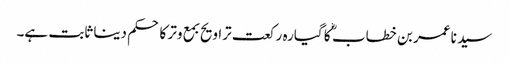
سید نا عمر بن خطاب ؓ کا گیارہ رکعت تراویح بمع وتر کا حکم دینا ثابت ہے۔